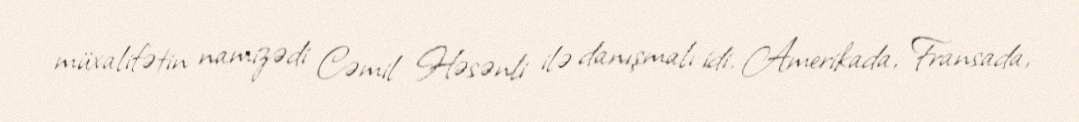
müxalifətin namizədi Cəmil Həsənli ilə danışmalı idi. Amerikada, Fransada,